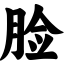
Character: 脸